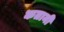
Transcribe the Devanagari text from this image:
कतानी